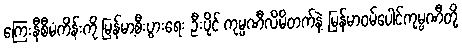
ကြေးနီစီမံကိန်းကို မြန်မာ့စီးပွားရေး ဦးပိုင် ကုမ္ပဏီလိမိတက်နဲ့ မြန်မာဝမ်ပေါင်ကုမ္ပဏီတို့